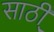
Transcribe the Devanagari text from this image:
साठी्